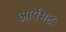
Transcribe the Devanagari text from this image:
आर्यभटः